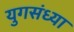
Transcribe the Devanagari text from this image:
युगसंध्या